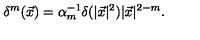
\delta ^ { m } ( \vec { x } ) = \alpha _ { m } ^ { - 1 } \delta ( | \vec { x } | ^ { 2 } ) | \vec { x } | ^ { 2 - m } .